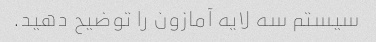
سیستم سه لایه آمازون را توضیح دهید.